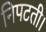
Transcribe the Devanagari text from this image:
निपटती।